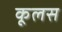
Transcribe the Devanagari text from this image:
कूलस